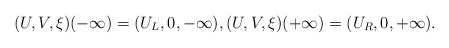
\begin{align*}(U, V, \xi)(-\infty)=(U_L, 0, -\infty), (U, V, \xi)(+\infty)=(U_R, 0, +\infty).\end{align*}